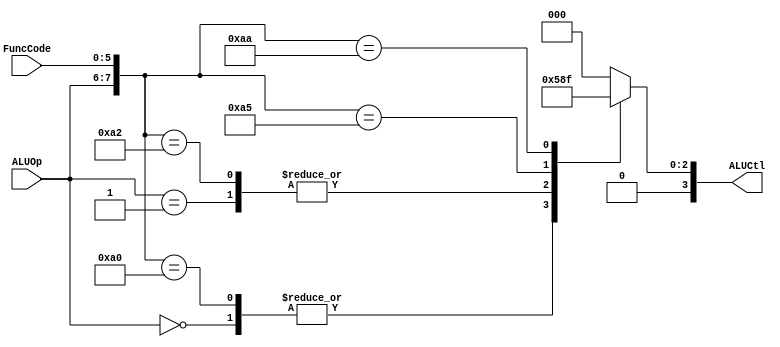
`timescale 1ns / 1ps
//////////////////////////////////////////////////////////////////////////////////
// Company: 
// Engineer: 
// 
// Design Name: 
// Module Name: ALUctl
// Project Name: 
// Target Devices: 
// Tool Versions: 
// Description: 
// 
// Dependencies: 
// 
// Revision:
// Revision 0.01 - File Created
// Additional Comments:
// 
//////////////////////////////////////////////////////////////////////////////////


module ALUCTL(
    ALUOp,FuncCode,ALUCtl
    );

    
    input [1:0]ALUOp;
    input [5:0]FuncCode;
    output [3:0]ALUCtl;
    
    assign ALUCtl=out({ALUOp,FuncCode});
    function [3:0]out;
        input[7:0] in;
        begin
            casex(in)
            8'b00xxxxxx:out=4'b0010;
            8'b01xxxxxx:out=4'b0110;
            8'b10100000:out=4'b0010;
            8'b10100010:out=4'b0110;
            8'b10100100:out=4'b0000;
            8'b10100101:out=4'b0001;
            8'b10101010:out=4'b0111;
            default:out=4'b0000;
            endcase
        end
    endfunction

endmodule